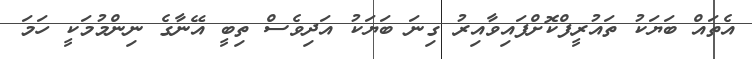
އެތައް ބަޔަކު ތައުރީފްކޮށްފައިވާއިރު ގިނަ ބަޔަކު އަދިވެސް ތިބީ އޭނާގެ ނިންމުމަކީ ހަމަ